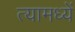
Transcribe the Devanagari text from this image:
त्यामध्यें